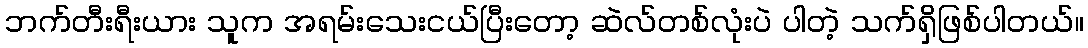
ဘက်တီးရီးယား သူက အရမ်းသေးငယ်ပြီးတော့ ဆဲလ်တစ်လုံးပဲ ပါတဲ့ သက်ရှိဖြစ်ပါတယ်။